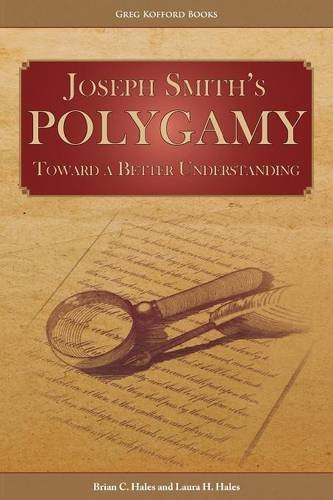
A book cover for Joseph Smith's Polygamy: Toward a Better Understanding; Brian C. Hales; Christian Books & Bibles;